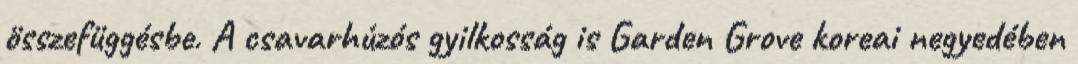
összefüggésbe. A csavarhúzós gyilkosság is Garden Grove koreai negyedében